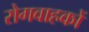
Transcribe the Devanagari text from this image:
रोगवाहकों